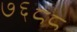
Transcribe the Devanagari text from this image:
७६८८